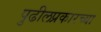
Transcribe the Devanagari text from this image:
पुढीलप्रकारच्या